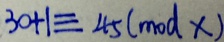
3 0 + 1 \equiv 4 5 ( m o d x )